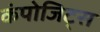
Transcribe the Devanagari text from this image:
कंपोजिट्स